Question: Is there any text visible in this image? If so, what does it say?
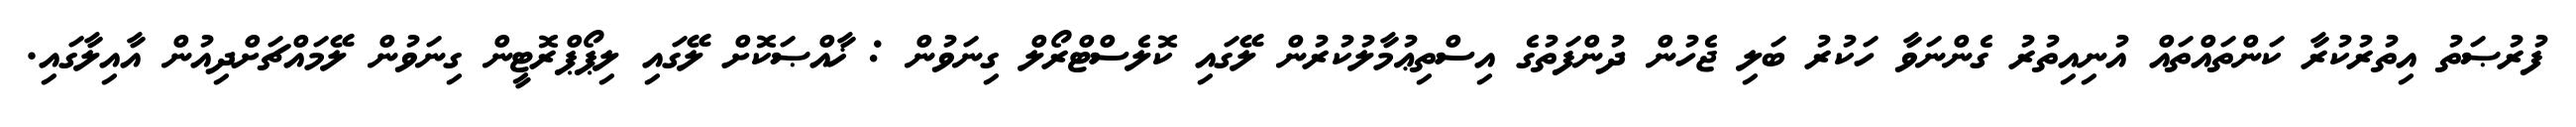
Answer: ފުރުޞަތު އިތުރުކުރާ ކަންތައްތައް އުނިއިތުރު ގެންނަވާ ހަކުރު ބަލި ޖެހުން ދުންފަތުގެ އިސްތިޢުމާލުކުރުން ލޭގައި ކޮލެސްޓްރޯލް ގިނަވުން : ޚާއްޞަކޮށް ލޭގައި ލިޕޯޕްރޮޓީން ގިނަވުން ލޭމައްޗަށްދިއުން އާއިލާގައި.